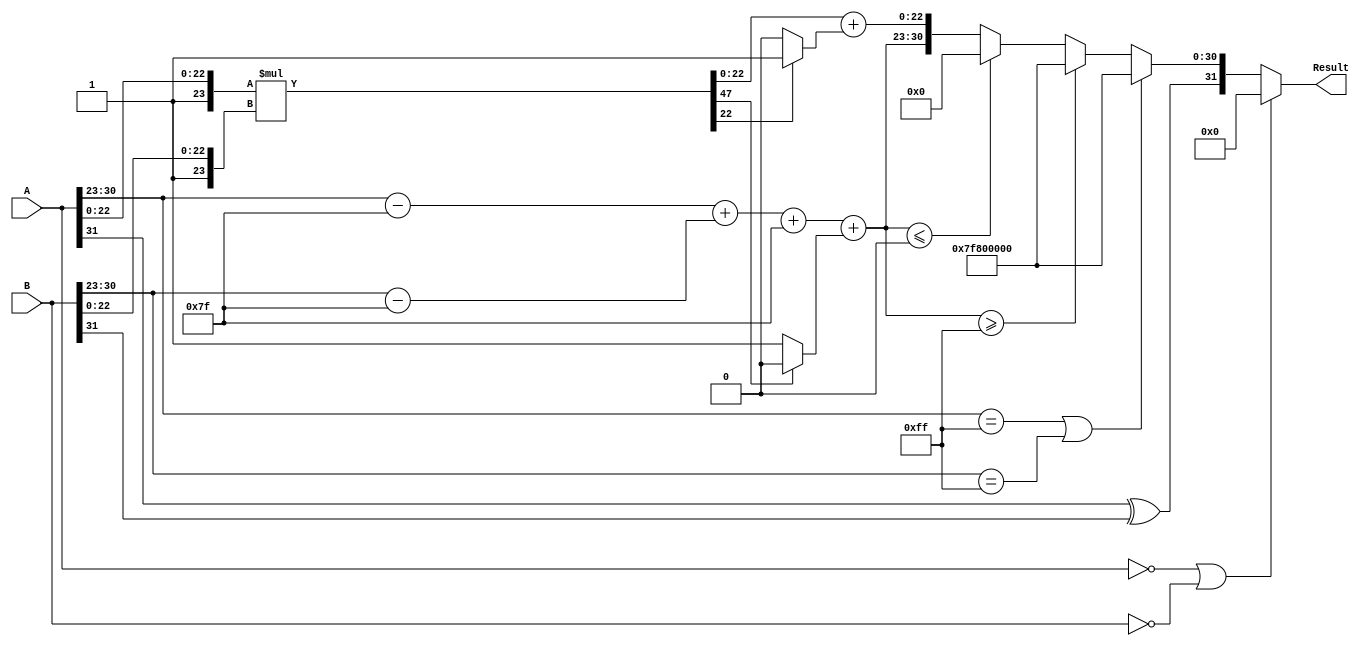
module floating_point_multiplier (
    input  wire [31:0] A, // First operand
    input  wire [31:0] B, // Second operand
    output reg  [31:0] Result // Result of multiplication
);

    // Constants
    localparam BIAS = 8'd127;
    localparam MANTISSA_BITS = 23;
    localparam EXPONENT_BITS = 8;

    // Intermediate signals
    wire sign_A, sign_B, sign_result;
    wire [EXPONENT_BITS-1:0] exponent_A, exponent_B;
    wire [EXPONENT_BITS-1:0] exponent_result;
    wire [MANTISSA_BITS:0] mantissa_A, mantissa_B; // 24 bits (23 + 1 implicit)
    wire [47:0] mantissa_product; // 48 bits for mantissa product
    wire [47:0] normalized_mantissa;
    wire [EXPONENT_BITS-1:0] adjusted_exponent;
    wire [47:0] final_mantissa;
    wire [4:0] shift_amount; // For normalization
    wire overflow, underflow;

    // Extract sign, exponent, and mantissa
    assign sign_A = A[31];
    assign sign_B = B[31];
    assign exponent_A = A[30:23];
    assign exponent_B = B[30:23];
    assign mantissa_A = {1'b1, A[22:0]}; // Prepend leading 1
    assign mantissa_B = {1'b1, B[22:0]}; // Prepend leading 1

    // Sign calculation
    assign sign_result = sign_A ^ sign_B;

    // Exponent calculation
    assign adjusted_exponent = (exponent_A - BIAS) + (exponent_B - BIAS) + BIAS;

    // Mantissa multiplication
    assign mantissa_product = mantissa_A * mantissa_B;

    // Normalization
    assign overflow = mantissa_product[47]; // Check for overflow
    assign normalized_mantissa = overflow ? mantissa_product[46:0] : mantissa_product[45:0];
    assign shift_amount = overflow ? 1'b0 : 1'b1; // Shift if overflow

    // Final exponent adjustment
    assign exponent_result = adjusted_exponent + shift_amount;

    // Rounding (simple rounding)
    assign final_mantissa = normalized_mantissa[MANTISSA_BITS:0] + (normalized_mantissa[MANTISSA_BITS-1] ? 1 : 0);

    // Output assembly
    always @(*) begin
        if (A == 32'b0 || B == 32'b0) begin
            Result = 32'b0; // Handle zero multiplication
        end else if (A[30:23] == 8'hFF || B[30:23] == 8'hFF) begin
            Result = {sign_result, 8'hFF, 23'b0}; // Handle infinity or NaN
        end else if (exponent_result >= 8'hFF) begin
            Result = {sign_result, 8'hFF, 23'b0}; // Handle overflow to infinity
        end else if (exponent_result <= 8'h00) begin
            Result = {sign_result, 8'h00, 23'b0}; // Handle underflow to zero
        end else begin
            Result = {sign_result, exponent_result[EXPONENT_BITS-1:0], final_mantissa[MANTISSA_BITS-1:0]};
        end
    end

endmodule